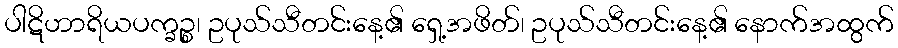
ပါဋိဟာရိယပက္ခဉ္စ၊ ဥပုသ်သီတင်းနေ့၏ ရှေ့အဖိတ်၊ ဥပုသ်သီတင်းနေ့၏ နောက်အထွက်